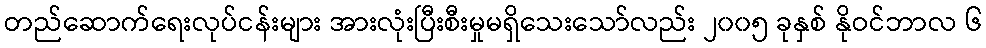
တည်ဆောက်ရေးလုပ်ငန်းများ အားလုံးပြီးစီးမှုမရှိသေးသော်လည်း ၂၀၀၅ ခုနှစ် နိုဝင်ဘာလ ၆